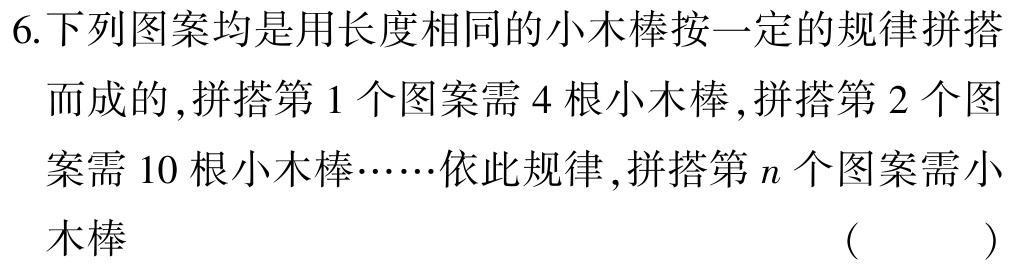
6.下列图案均是用长度相同的小木棒按一定的规律拼搭而成的,拼搭第1个图案需4根小木棒,拼搭第2个图案需10根小木棒……依此规律,拼搭第\(n\)个图案需小木棒（  ）